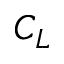
C _ { L }